Vaccination in Burma 1920-1933 - 1920-1933
Year: 1920
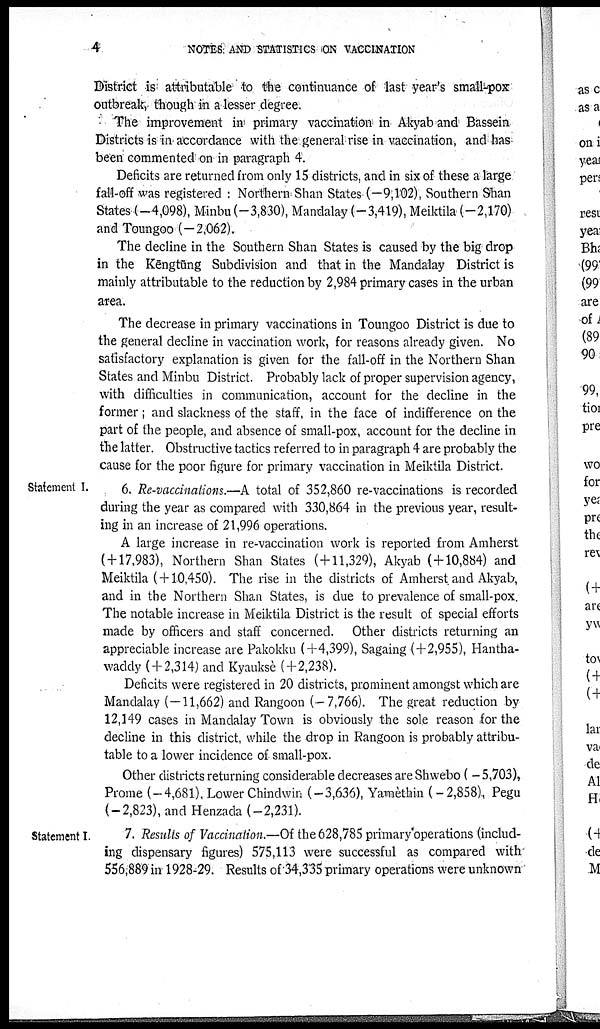
4
NOTES AND STATISTICS ON VACCINATION
District is attributable to the continuance of last year's small-pox
outbreak, though in a lesser degree.
The improvement in primary vaccination in Akyab and Bassein
Districts is in accordance with the general rise in vaccination, and has
been commented on in paragraph 4.
Deficits are returned from only 15 districts, and in six of these a large
fall-off was registered : Northern Shan States (—9,102), Southern Shan
States (—4,098), Minbu(—3,830), Mandalay (—3,419), Meiktila (—2,170)
and Toungoo (—2,062).
The decline in the Southern Shan States is caused by the big drop
in the Kēngtūng Subdivision and that in the Mandalay District is
mainly attributable to the reduction by 2,984 primary cases in the urban
area.
The decrease in primary vaccinations in Toungoo District is due to
the general decline in vaccination work, for reasons already given. No
satisfactory explanation is given for the fall-off in the Northern Shan
States and Minbu District. Probably lack of proper supervision agency,
with difficulties in communication, account for the decline in the
former ; and slackness of the staff, in the face of indifference on the
part of the people, and absence of small-pox, account for the decline in
the latter. Obstructive tactics referred to in paragraph 4 are probably the
cause for the poor figure for primary vaccination in Meiktila District.
Statement I.
6. Re-vaccinations.—A total of 352,860 re-vaccinations is recorded
during the year as compared with 330,864 in the previous year, result
ing in an increase of 21,996 operations.
A large increase in re-vaccination work is reported from Amherst
( + 17,983), Northern Shan States ( + 11,329), Akyab ( + 10,884) and
Meiktila ( + 10,450). The rise in the districts of Amherst and Akyab,
and in the Northern Shan States, is due to prevalence of small-pox.
The notable increase in Meiktila District is the result of special efforts
made by officers and staff concerned. Other districts returning an
appreciable increase are Pakokku (+4,399), Sagaing (+2,955), Hantha-
waddy ( + 2,314) and Kyauksè (+2,238).
Deficits were registered in 20 districts, prominent amongst which are
Mandalay (—11,662) and Rangoon (—7,766). The great reduction by
12,149 cases in Mandalay Town is obviously the sole reason for the
decline in this district, while the drop in Rangoon is probably attribu-
table to a lower incidence of small-pox.
Other districts returning considerable decreases are Shwebo ( - 5,703),
Prome (-4,681), Lower Chindwin (-3,636), Yamèthin (- 2,858), Pegu
(-2,823), and Henzada (-2,231).
Statement I.
7. Results of Vaccination.—Of the 628,785 primary operations (includ-
ing dispensary figures) 575,113 were successful as compared with
556,889 in1928-29. Results of 34,335 primary operations were unknown